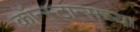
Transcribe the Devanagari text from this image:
कॉन्स्टान्सच्या